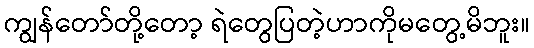
ကျွန်တော်တို့တော့ ရဲတွေပြတဲ့ဟာကိုမတွေ့မိဘူး။